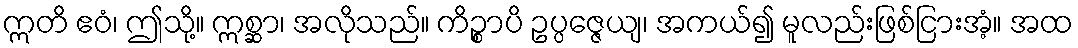
ဣတိ ဧဝံ၊ ဤသို့။ ဣစ္ဆာ၊ အလိုသည်။ ကိဉ္စာပိ ဥပ္ပဇ္ဇေယျ၊ အကယ်၍ မူလည်းဖြစ်ငြားအံ့။ အထ